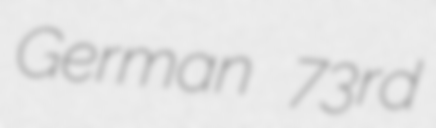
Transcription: German 73rd